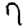
Digit: 7